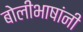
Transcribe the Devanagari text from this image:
बोलीभाषांनी